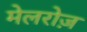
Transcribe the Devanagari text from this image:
मेलरोज़